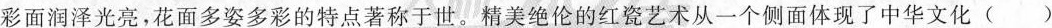
彩面润泽光亮，花面多姿多彩的特点著称于世。精美绝伦的红瓷艺术从一个侧面体现了中华文化 ()